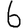
Digit: 6